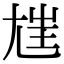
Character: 𡯭